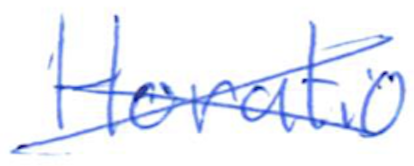
Text: Horatio
Cross-out: cross
Writing tool: ballpoint